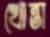
খোন্তা